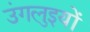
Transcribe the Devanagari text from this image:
उंगलुइयों